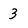
Character: 3